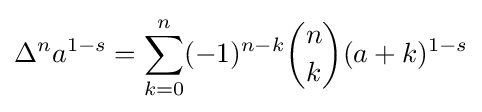
\Delta ^{n}a^{1-s}=\sum _{k=0}^{n}(-1)^{n-k}{n \choose k}(a+k)^{1-s}